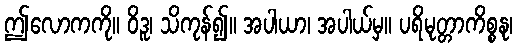
ဤလောကကို။ ဝိဒူ၊ သိကုန်၍။ အပါယာ၊ အပါယ်မှ။ ပရိမုတ္တာကိစ္စနု၊